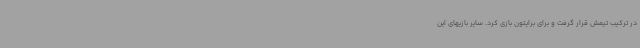
در ترکیب تیمش قرار گرفت و برای برایتون بازی کرد. سایر بازیهای این